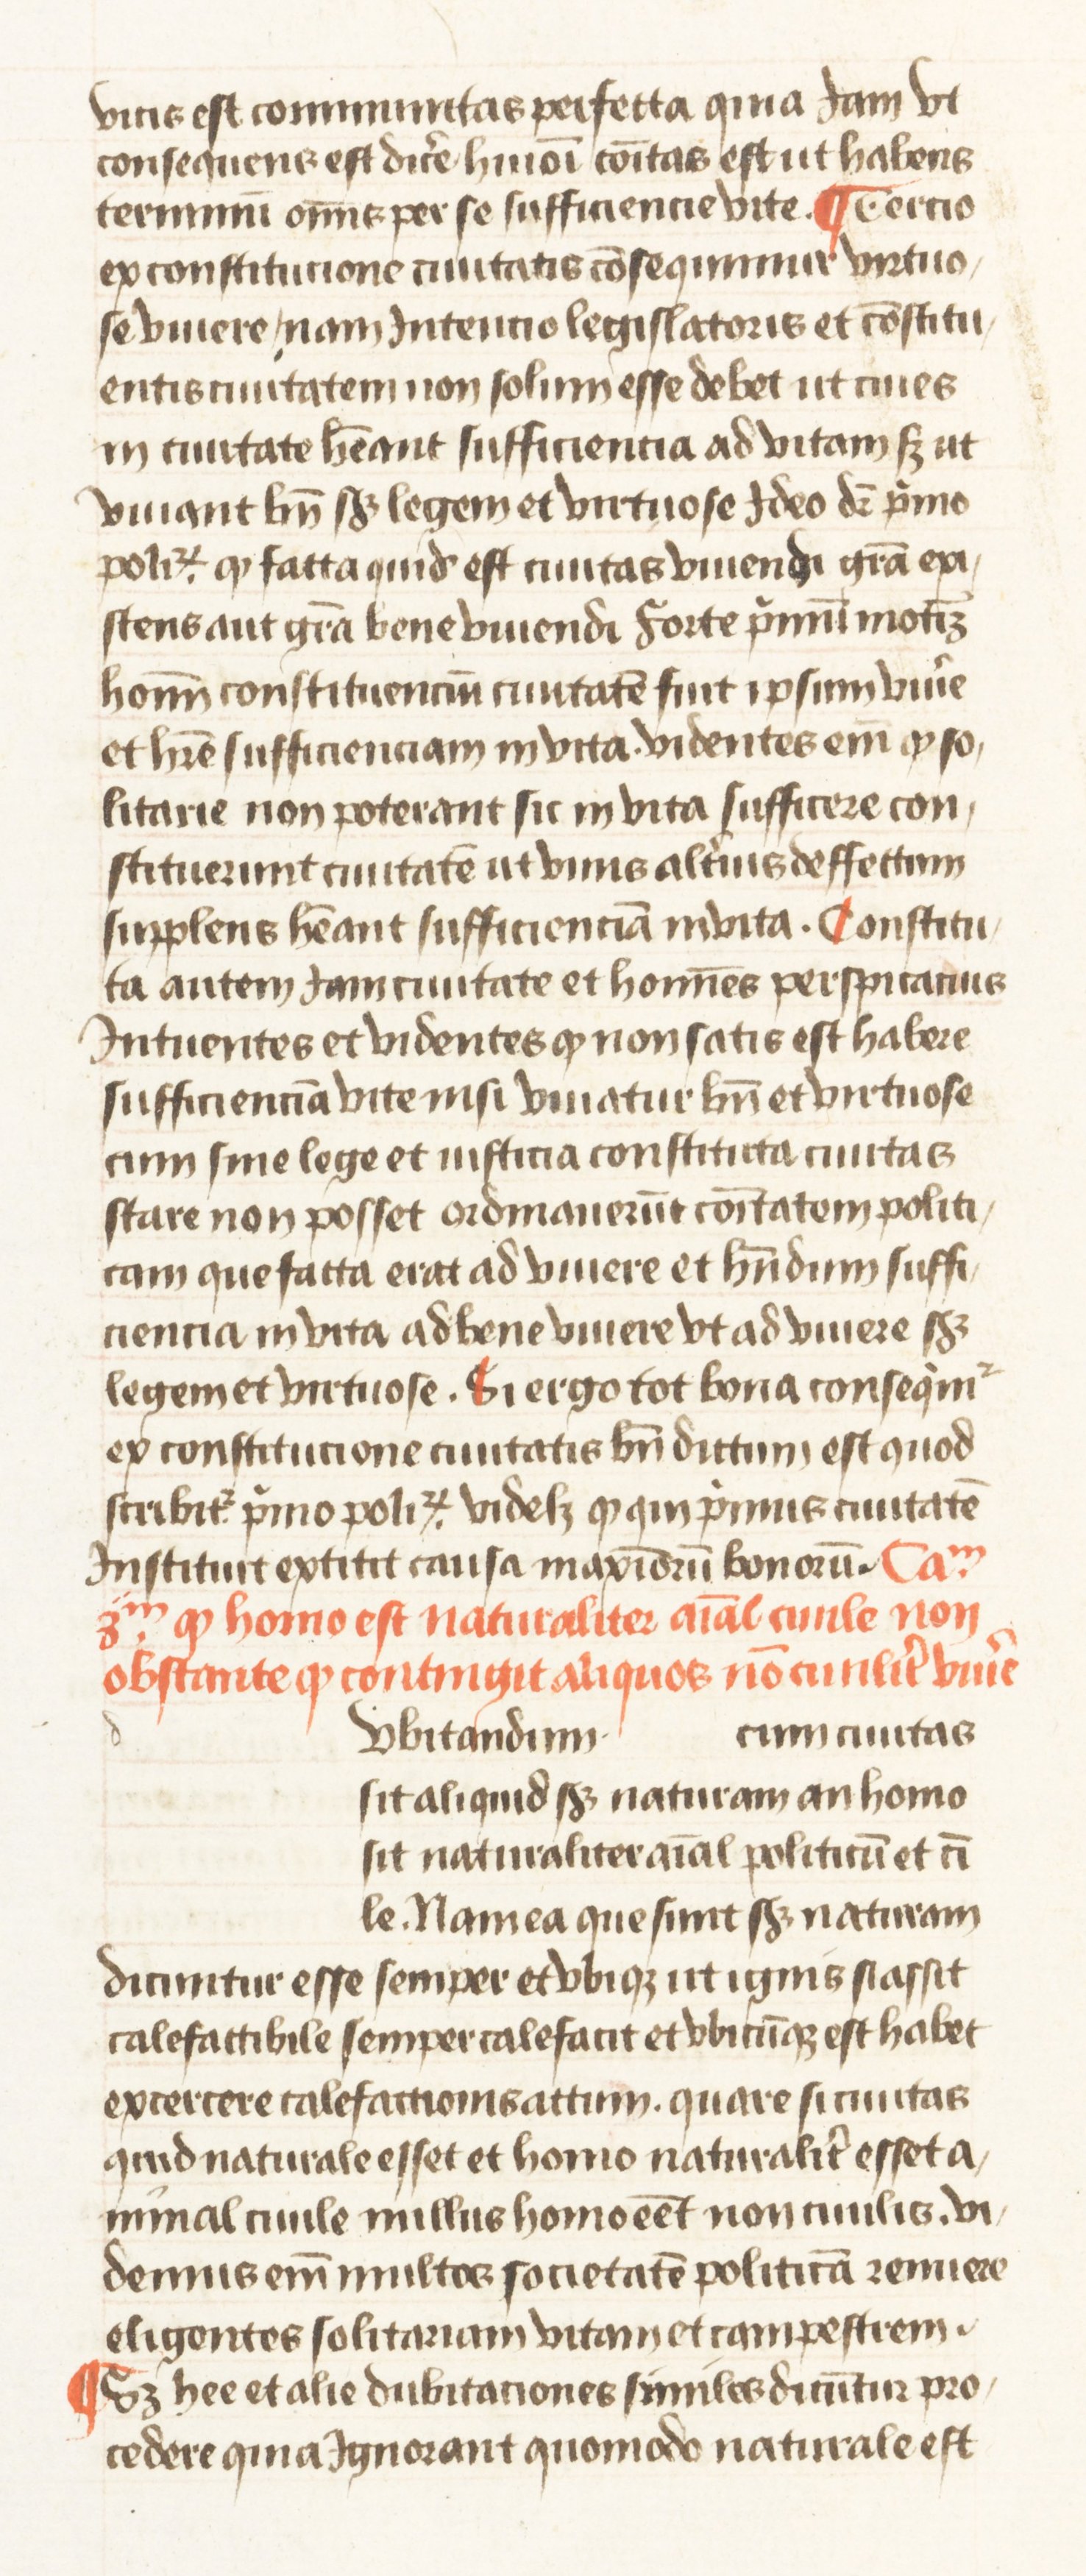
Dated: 1445–1495